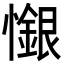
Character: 𢣩